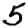
Digit: 5